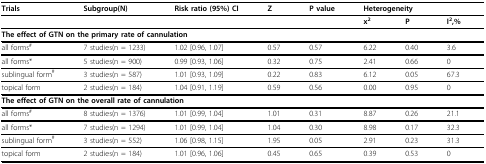
<table><thead><tr><td><b>Trials</b></td><td><b>Subgroup(N)</b></td><td><b>Risk ratio (95%) CI</b></td><td><b>Z</b></td><td><b>P value</b></td><td colspan="3"><b>Heterogeneity</b></td></tr></thead><tbody><tr><td></td><td></td><td></td><td></td><td></td><td><b>x<sup>2</sup></b></td><td><b>P</b></td><td><b>I<sup>2</sup>,%</b></td></tr><tr><td colspan="8"><b>The effect of GTN on the primary rate of cannulation</b></td></tr><tr><td>all forms<sup>#</sup></td><td>7 studies(n = 1233)</td><td>1.02 [0.96, 1.07]</td><td>0.57</td><td>0.57</td><td>6.22</td><td>0.40</td><td>3.6</td></tr><tr><td>all forms*</td><td>5 studies(n = 900)</td><td>0.99 [0.93, 1.06]</td><td>0.32</td><td>0.75</td><td>2.41</td><td>0.66</td><td>0</td></tr><tr><td>sublingual form<sup>#</sup></td><td>3 studies(n = 587)</td><td>1.01 [0.93, 1.09]</td><td>0.22</td><td>0.83</td><td>6.12</td><td>0.05</td><td>67.3</td></tr><tr><td>topical form</td><td>2 studies(n = 184)</td><td>1.04 [0.91, 1.19]</td><td>0.59</td><td>0.56</td><td>0.00</td><td>0.95</td><td>0</td></tr><tr><td colspan="8"><b>The effect of GTN on the overall rate of cannulation</b></td></tr><tr><td>all forms<sup>#</sup></td><td>8 studies(n = 1376)</td><td>1.01 [0.99, 1.04]</td><td>1.01</td><td>0.31</td><td>8.87</td><td>0.26</td><td>21.1</td></tr><tr><td>all forms*</td><td>7 studies(n = 1294)</td><td>1.01 [0.99, 1.04]</td><td>1.04</td><td>0.30</td><td>8.98</td><td>0.17</td><td>32.3</td></tr><tr><td>sublingual form<sup>#</sup></td><td>3 studies(n = 552)</td><td>1.06 [0.98, 1.15]</td><td>1.95</td><td>0.05</td><td>2.91</td><td>0.23</td><td>31.3</td></tr><tr><td>topical form</td><td>2 studies(n = 184)</td><td>1.01 [0.96, 1.06]</td><td>0.45</td><td>0.65</td><td>0.39</td><td>0.53</td><td>0</td></tr></tbody></table>